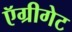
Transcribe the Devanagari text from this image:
ऍग्रीगेट